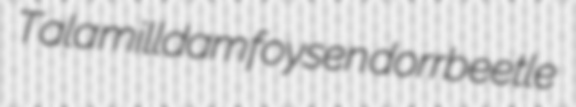
Tala milldam foysen dorrbeetle